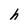
Character: h